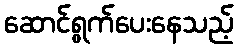
ဆောင်ရွက်ပေးနေသည့်